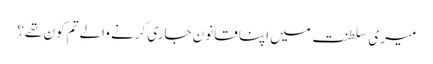
میری سلطنت میں اپنا قانون جاری کرنے والے تم کون تھے؟